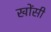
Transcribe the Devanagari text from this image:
खोंसी